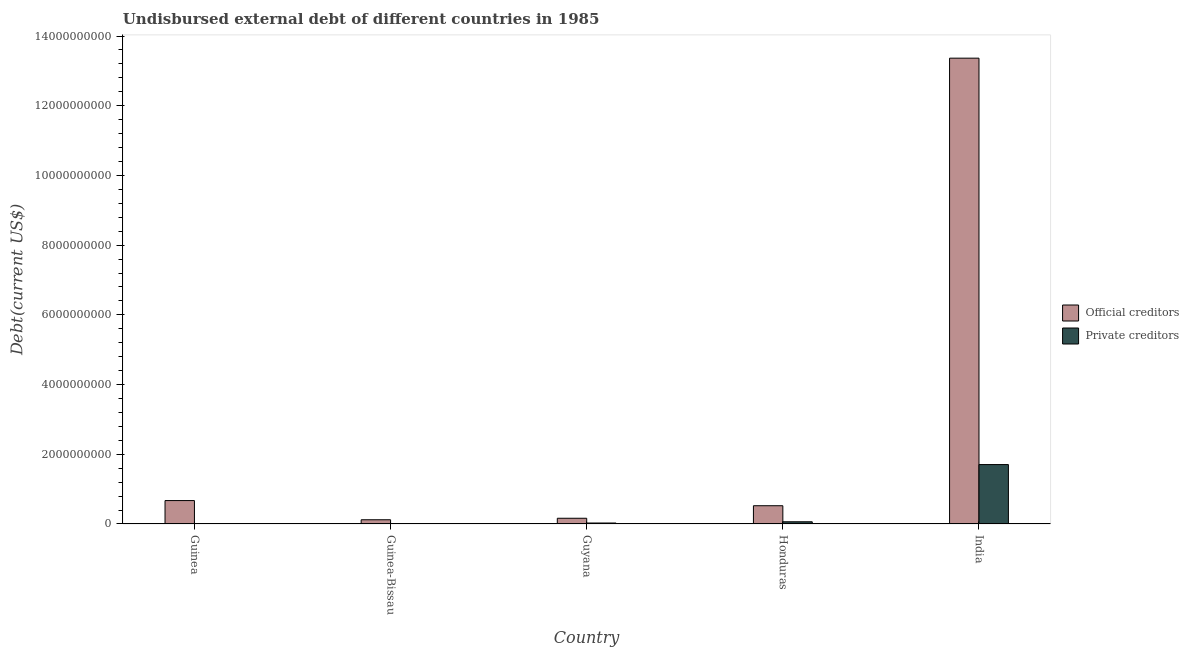
| Country | Official creditors | Private creditors |
 | --- | --- | --- |
 | Guinea | 6.72e+08 | 3.49e+06 |
 | Guinea-Bissau | 1.21e+08 | 7.95e+06 |
 | Guyana | 1.64e+08 | 2.79e+07 |
 | Honduras | 5.24e+08 | 6.33e+07 |
 | India | 1.34e+10 | 1.7e+09 |